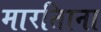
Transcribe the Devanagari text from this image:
मारतिाना